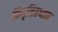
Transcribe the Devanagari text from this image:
निवृत्तिप्रधान